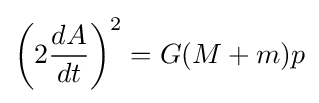
\left(2{\frac {dA}{dt}}\right)^{2}=G(M+m)p